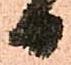
日